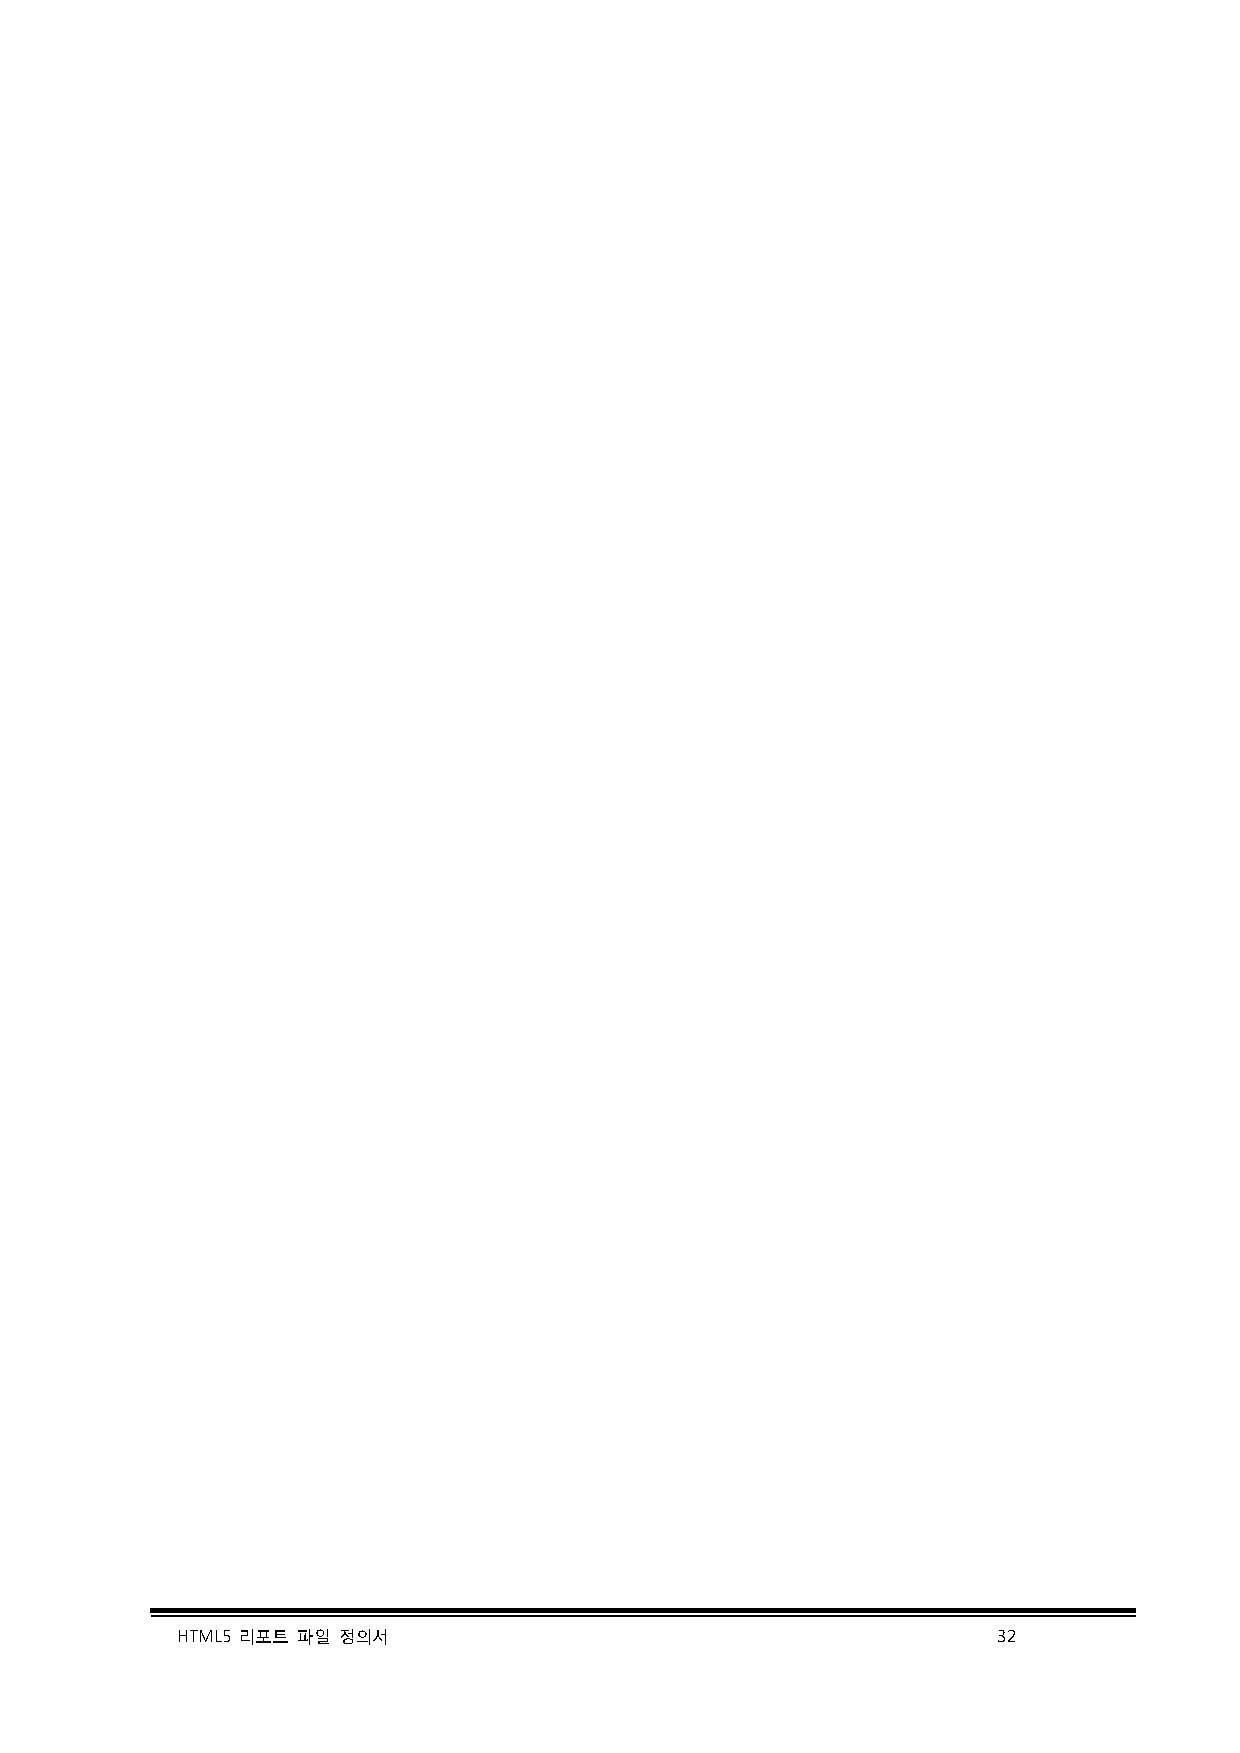
HTML5 리포트 파일 정의서                                      32